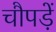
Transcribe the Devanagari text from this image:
चौपड़ें